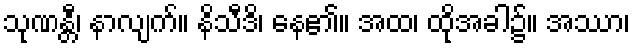
သုဏန္တီ၊ နာလျက်။ နိသီဒိ၊ နေ၏။ အထ၊ ထိုအခါ၌။ အဿာ၊